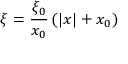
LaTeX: \xi = \frac { \xi _ { 0 } } { x _ { 0 } } \left( | x | + x _ { 0 } \right)